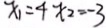
x _ { 1 } = 4 x _ { 2 } = - 3